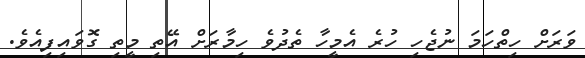
ވަރަށް ހިތްހަމަ ނުޖެހި ހުރެ އެމީހާ ތެދުވެ ހިމާރަށް އޭތި މީތި ގޮވައިފިއެވެ.